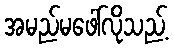
အမည်မဖေါ်လိုသည့်